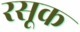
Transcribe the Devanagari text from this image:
रसूक